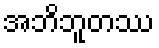
အဘိဘူတဿ